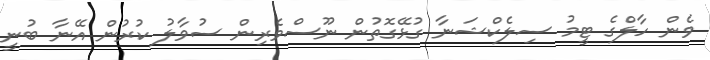
ވެން ހާލްގެ ޓީމު ސިލެކްޝަނާ ގުޅޭގޮތުން ނޫސްވެރިން ސުވާލު ކުރުން އޭނާ ބުނީ